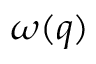
\omega ( q )